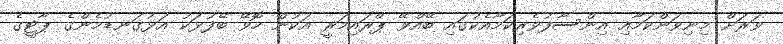
ވަރަށް މިނިވަންކަމާއި އިންސާފުވެރިކަމާއެކުގައި ބޭއްވޭ ޕްރައިމަރީ އަކުން ހޮވޭ ބޭފުޅަކު އަޅުގަނޑުމެންގެ ޕާޓީގެ